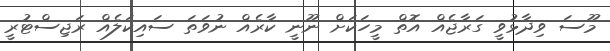
މޫސަ ވިދާޅުވީ ގަރާޖެއް އޮތް މީހަކަށް ނޫނީ ކާރެއް ނުވަތަ ސައިކަލެއް ރަޖިސްޓުރީ